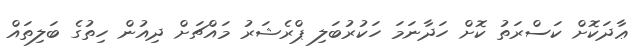
ޢާދަކޮށް ކަސްރަތު ކޮށް ހަދާނަމަ ހަކުރުބަލި ޕްރެޝަރު މައްޗަށް ދިއުން ހިތުގެ ބަލިތައް